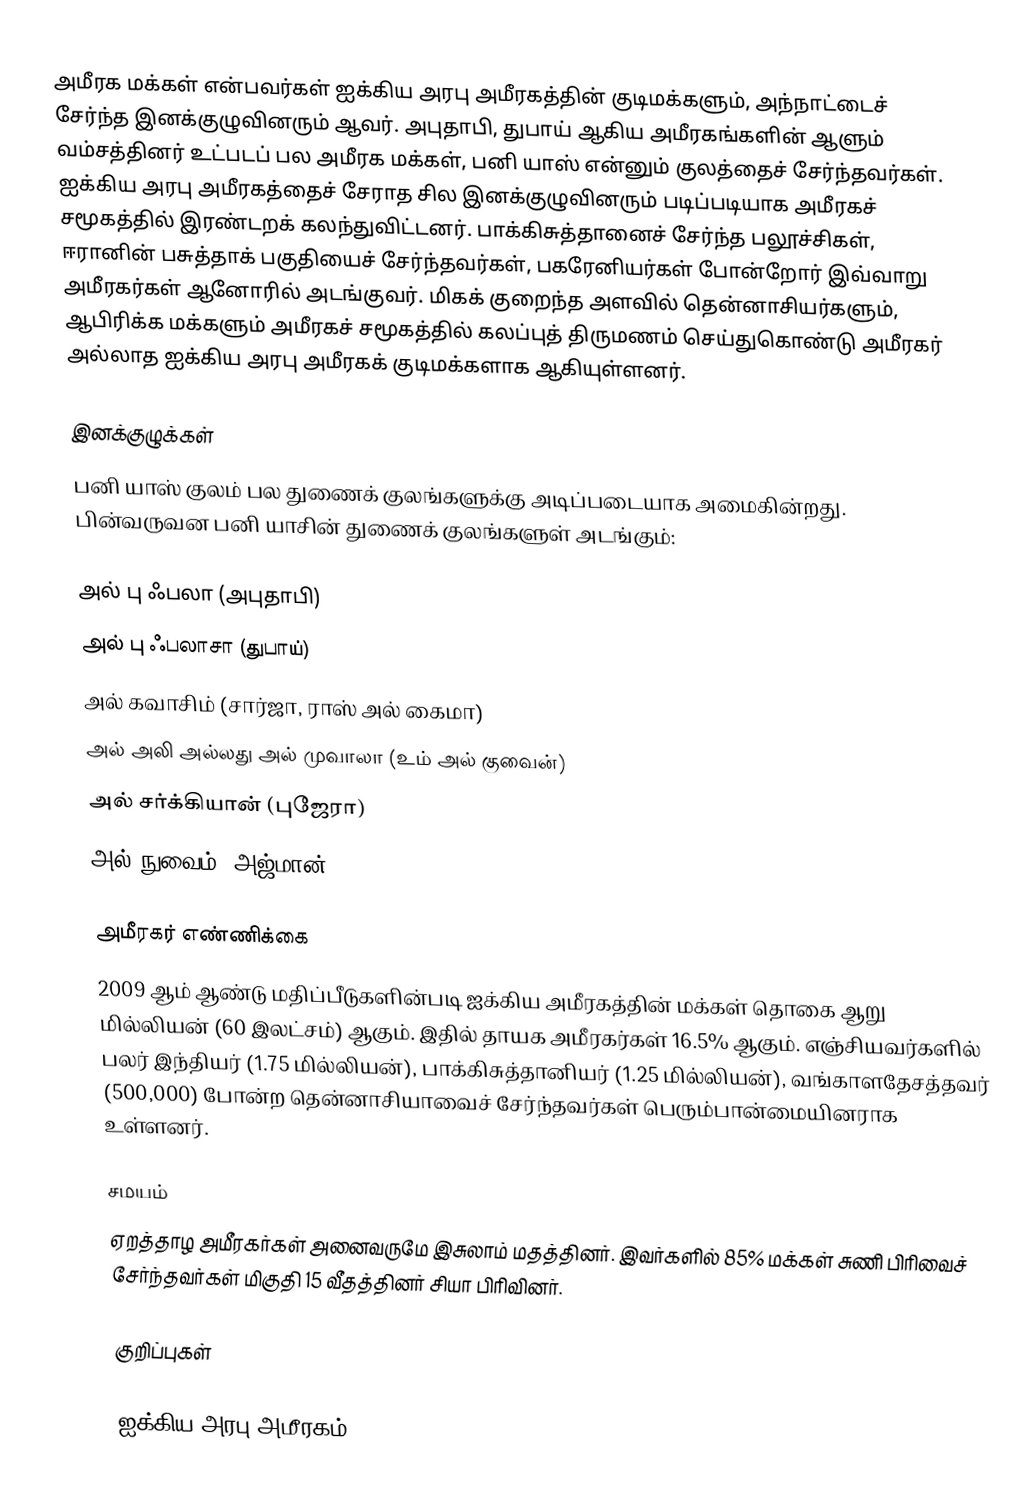
அமீரக மக்கள் என்பவர்கள் ஐக்கிய அரபு அமீரகத்தின் குடிமக்களும், அந்நாட்டைச் சேர்ந்த இனக்குழுவினரும் ஆவர். அபுதாபி, துபாய் ஆகிய அமீரகங்களின் ஆளும் வம்சத்தினர் உட்படப் பல அமீரக மக்கள், பனி யாஸ் என்னும் குலத்தைச் சேர்ந்தவர்கள். ஐக்கிய அரபு அமீரகத்தைச் சேராத சில இனக்குழுவினரும் படிப்படியாக அமீரகச் சமூகத்தில் இரண்டறக் கலந்துவிட்டனர். பாக்கிசுத்தானைச் சேர்ந்த பலூச்சிகள், ஈரானின் பசுத்தாக் பகுதியைச் சேர்ந்தவர்கள், பகரேனியர்கள் போன்றோர் இவ்வாறு அமீரகர்கள் ஆனோரில் அடங்குவர். மிகக் குறைந்த அளவில் தென்னாசியர்களும், ஆபிரிக்க மக்களும் அமீரகச் சமூகத்தில் கலப்புத் திருமணம் செய்துகொண்டு அமீரகர் அல்லாத ஐக்கிய அரபு அமீரகக் குடிமக்களாக ஆகியுள்ளனர்.

இனக்குழுக்கள்
பனி யாஸ் குலம் பல துணைக் குலங்களுக்கு அடிப்படையாக அமைகின்றது. பின்வருவன பனி யாசின் துணைக் குலங்களுள் அடங்கும்:

 அல் பு ஃபலா (அபுதாபி)
 அல் பு ஃபலாசா (துபாய்)
 அல் கவாசிம் (சார்ஜா, ராஸ் அல் கைமா)
 அல் அலி அல்லது அல் முவாலா (உம் அல் குவைன்)
 அல் சர்க்கியான் (புஜேரா)
 அல் நுவைம் (அஜ்மான்)

அமீரகர் எண்ணிக்கை
2009 ஆம் ஆண்டு மதிப்பீடுகளின்படி ஐக்கிய அமீரகத்தின் மக்கள் தொகை ஆறு மில்லியன் (60 இலட்சம்) ஆகும். இதில் தாயக அமீரகர்கள் 16.5% ஆகும். எஞ்சியவர்களில் பலர் இந்தியர் (1.75 மில்லியன்), பாக்கிசுத்தானியர் (1.25 மில்லியன்), வங்காளதேசத்தவர் (500,000) போன்ற தென்னாசியாவைச் சேர்ந்தவர்கள் பெரும்பான்மையினராக உள்ளனர்.

சமயம்
ஏறத்தாழ அமீரகர்கள் அனைவருமே இசுலாம் மதத்தினர். இவர்களில் 85% மக்கள் சுணி பிரிவைச் சேர்ந்தவர்கள் மிகுதி 15 வீதத்தினர் சியா பிரிவினர்.

குறிப்புகள்

ஐக்கிய அரபு அமீரகம்